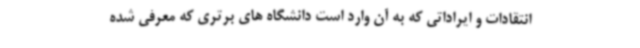
انتقادات و ایراداتی که به آن وارد است دانشگاه های برتری که معرفی شده